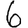
Digit: 6